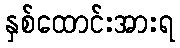
နှစ်ထောင်းအားရ